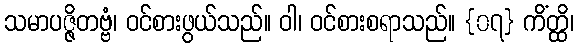
သမာပဇ္ဇိတဗ္ဗံ၊ ဝင်စားဖွယ်သည်။ ဝါ၊ ဝင်စားစရာသည်။ {၀၇} ကိံတ္ထိ၊